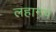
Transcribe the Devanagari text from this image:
लहानप